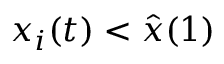
x _ { i } ( t ) < \hat { x } ( 1 )